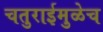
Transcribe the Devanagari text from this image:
चतुराईमुळेच